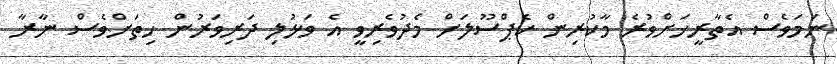
ނަމަވެސް އެތާރީޚަށްވުރެ މާކުރިން ކެޕްސޫލަށް މެދުވެރިވީ އެ ވަޅުލި ދަރިވަރުން ހިތަށްވެސް ނާރާ